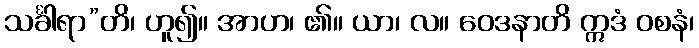
သင်္ခါရာ”တိ၊ ဟူ၍။ အာဟ၊ ၏။ ယာ၊ လ။ ဝေဒနာတိ ဣဒံ ဝစနံ၊